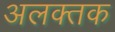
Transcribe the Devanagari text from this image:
अलक्तक